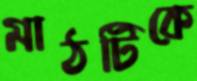
মাঠটিকে